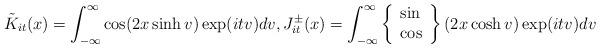
LaTeX: \begin{align*} \tilde{K}_{it}(x) = \int_{-\infty}^{\infty} \cos(2x \sinh v)\exp( it v) dv, J^{\pm}_{it}(x) = \int_{-\infty}^{\infty} \left\{\begin{array}{l} \sin\\ \cos\end{array}\right\}(2x \cosh v)\exp( it v) dv \end{align*}